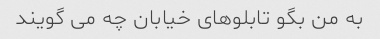
به من بگو تابلوهای خیابان چه می گویند